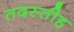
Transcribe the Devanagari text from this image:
तदस्तीह